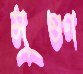
সুগুণ